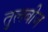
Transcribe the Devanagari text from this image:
तुलबीज